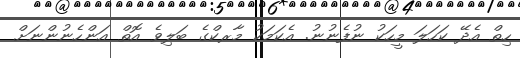
ހިތް އެދޭ ކަހަލަ މީހަކު ނުފެނުނު. އެކަމަކު މާރކްގެ ބަލިވެ އޮތް އަންހެނުންނަށް